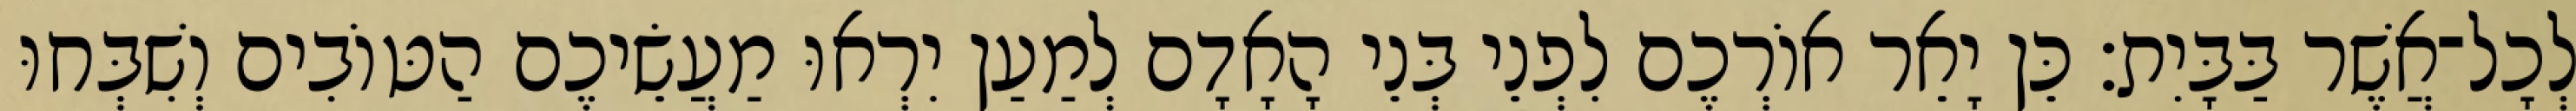
לְכָל־אֲשֶׁר בַּבָּיִת׃ כֵּן יָאֵר אוֹרְכֶם לִפְנֵי בְּנֵי הָאָדָם לְמַעַן יִרְאוּ מַעֲשֵׂיכֶם הַטּוֹבִים וְשִׁבְּחוּ